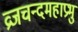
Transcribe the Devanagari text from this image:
व्रजचन्दमहाप्रभु